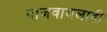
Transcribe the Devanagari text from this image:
वाजवायलाही